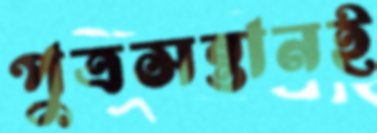
পুত্রসন্তানই